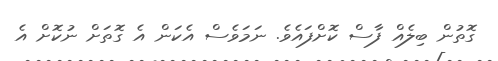
ގޮތުން ބިލެއް ފާސް ކޮށްފައެވެ. ނަމަވެސް އެކަން އެ ގޮތަށް ނުކޮށް އެ